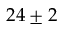
2 4 \pm 2